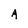
Character: A